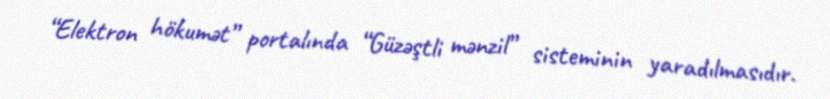
“Elektron hökumət” portalında “Güzəştli mənzil” sisteminin yaradılmasıdır.